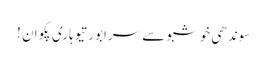
سوندھی خوشبو سے سرابور تیوہاری پکوان !